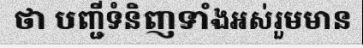
ថា បញ្ជីទំនិញទាំងអស់រួមមាន